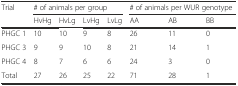
<table><thead><tr><td><b>Trial</b></td><td colspan="4"><b># of animals per group</b></td><td colspan="3"><b># of animals per WUR genotype</b></td></tr><tr><td></td><td><b>HvHg</b></td><td><b>HvLg</b></td><td><b>LvHg</b></td><td><b>LvLg</b></td><td><b>AA</b></td><td><b>AB</b></td><td><b>BB</b></td></tr></thead><tbody><tr><td>PHGC 1</td><td>10</td><td>10</td><td>9</td><td>8</td><td>26</td><td>11</td><td>0</td></tr><tr><td>PHGC 3</td><td>9</td><td>9</td><td>10</td><td>8</td><td>21</td><td>14</td><td>1</td></tr><tr><td>PHGC 4</td><td>8</td><td>7</td><td>6</td><td>6</td><td>24</td><td>3</td><td>0</td></tr><tr><td>Total</td><td>27</td><td>26</td><td>25</td><td>22</td><td>71</td><td>28</td><td>1</td></tr></tbody></table>